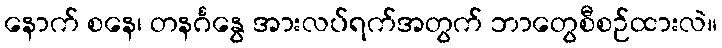
နောက် စနေ၊ တနင်္ဂနွေ အားလပ်ရက်အတွက် ဘာတွေစီစဉ်ထားလဲ။